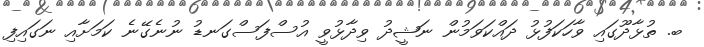
ބ. ތުޅާދޫގައި ވާހަކަފުޅު ދައްކަވަމުން ނަޝީދު ވިދާޅުވީ އުސްފަސްގަނޑު ނުނެގޭނެ ކަމަށާއި ނަގައިފި